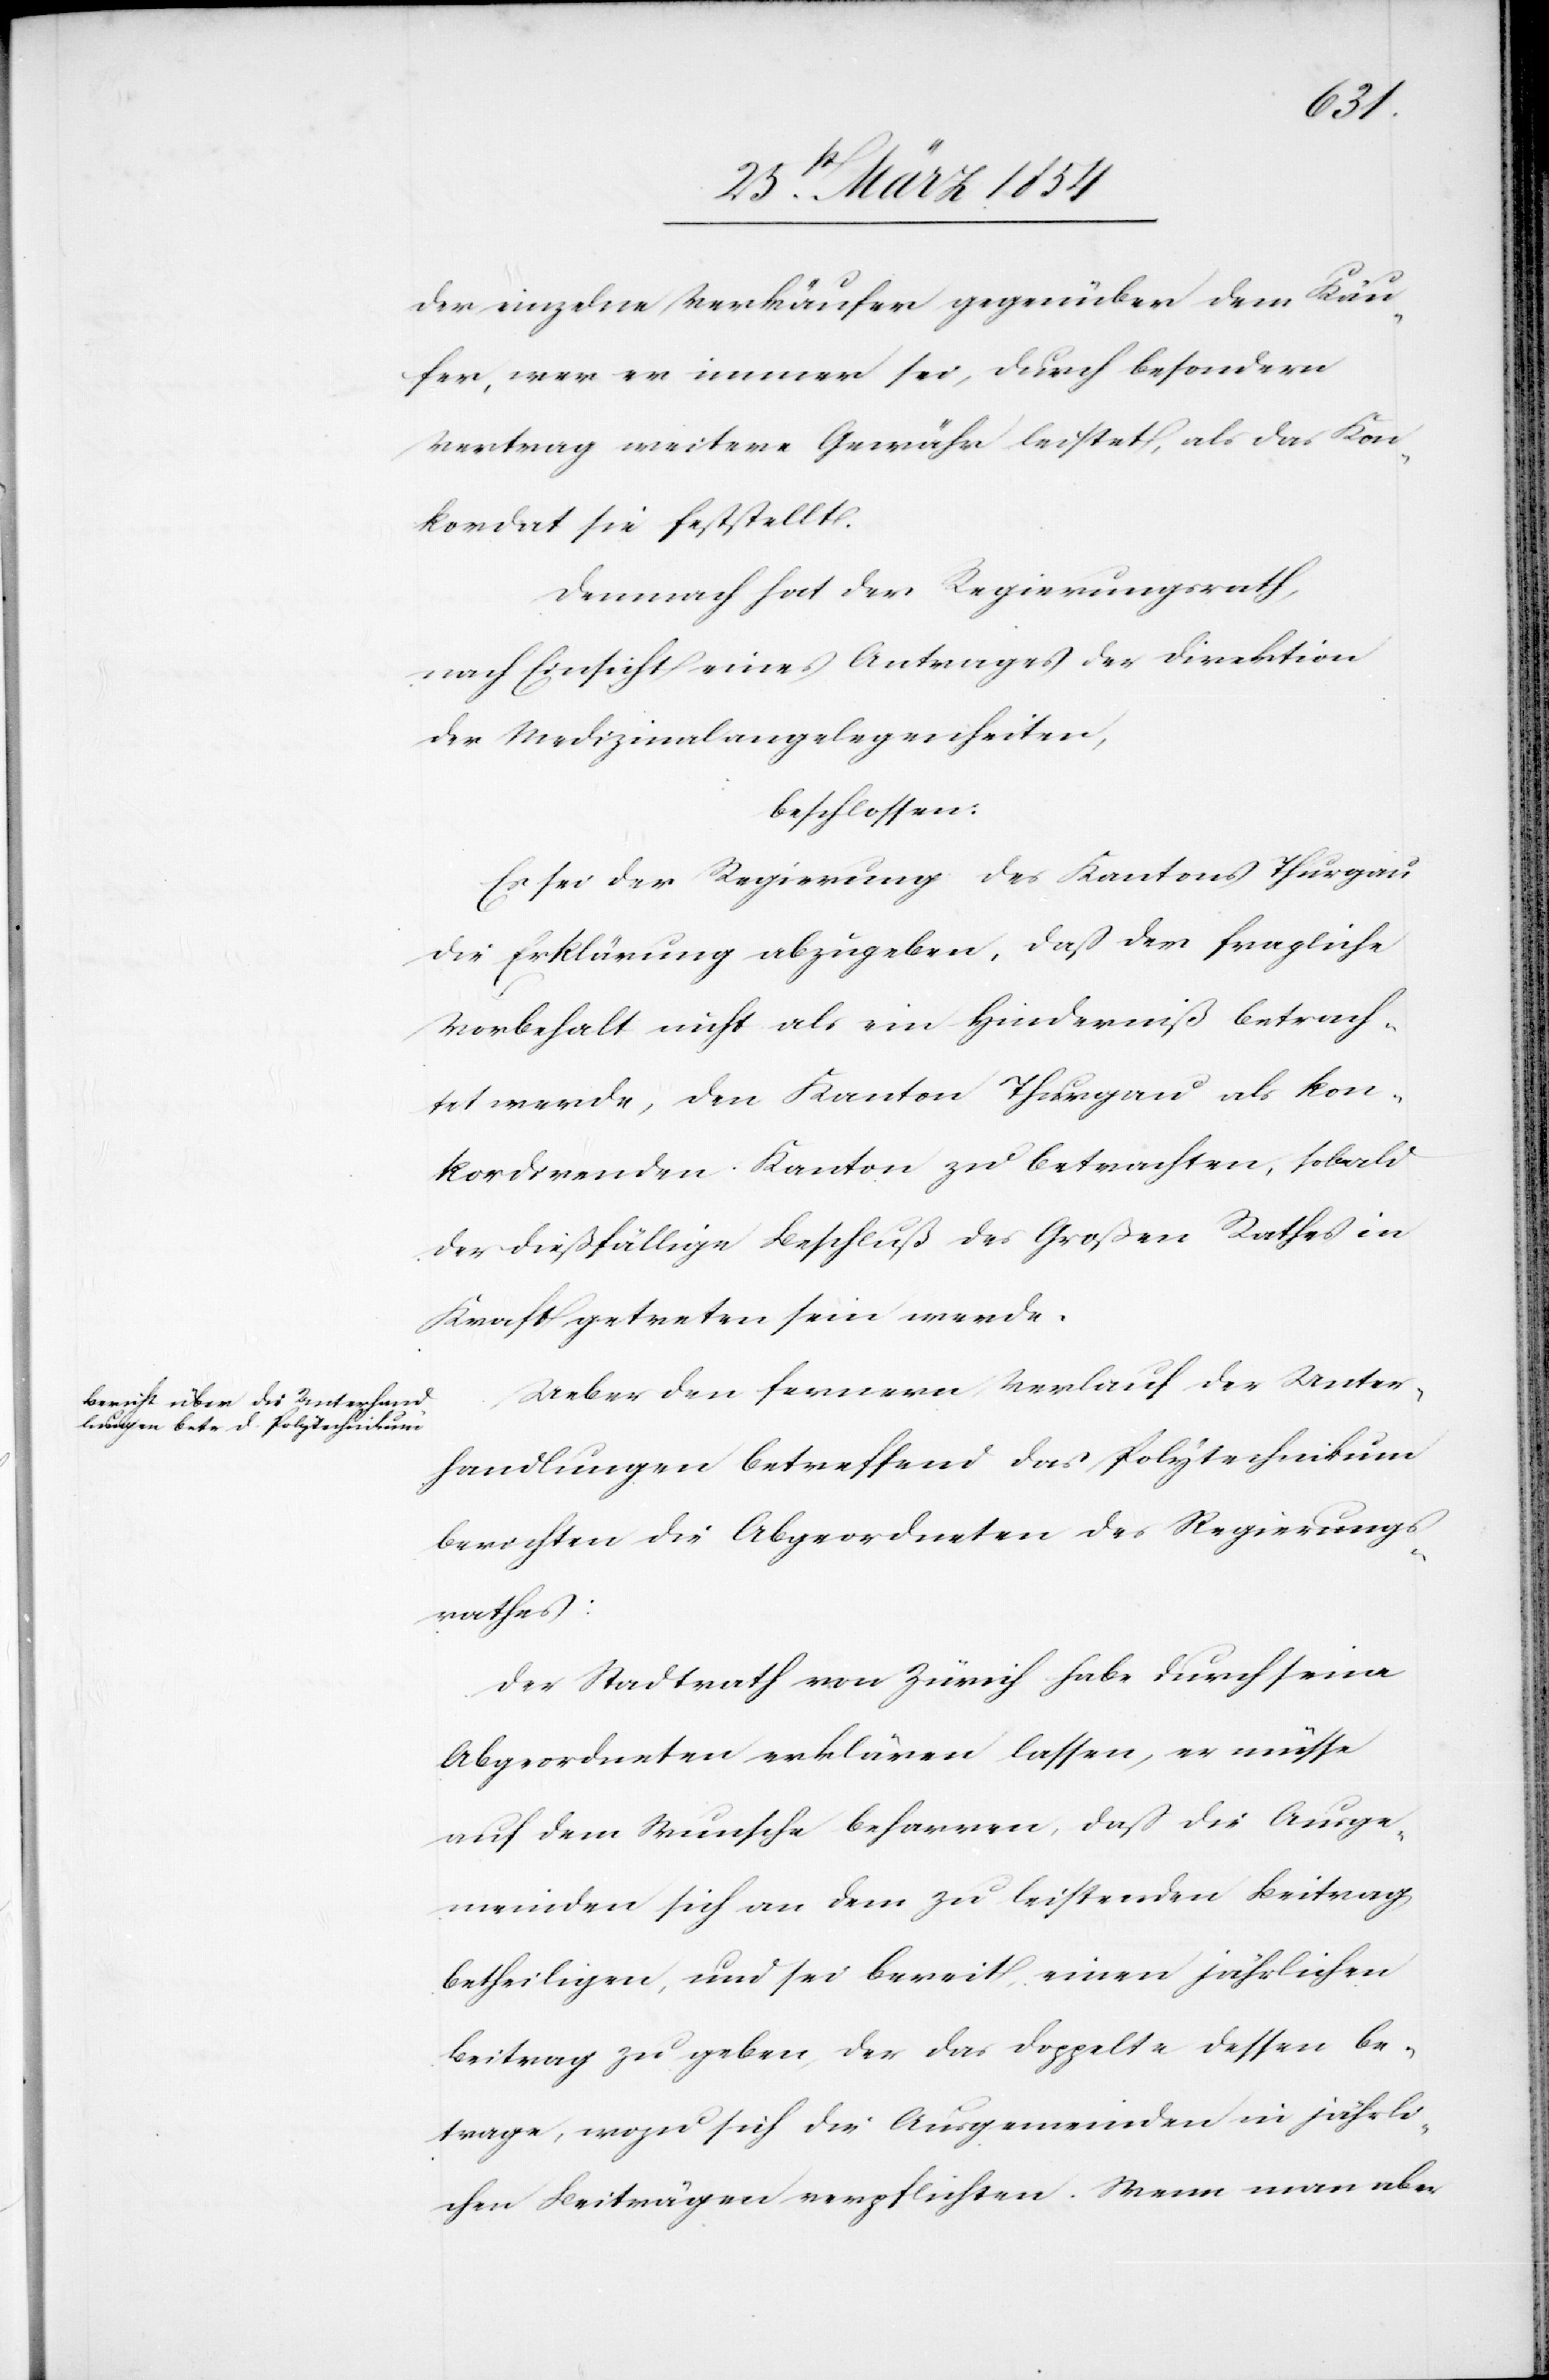
der einzelne Verkäufer gegenüber dem Käu¬
fer, wer er immer sei, durch besondern
Vertrag weitere Gewähr leistet, als das Kon¬
kordat sie feststellt.
Demnach hat der Regierungsrath,
nach Einsicht eines Antrages der Direktion
der Medizinalangelegenheiten,
beschlossen:
Es sei der Regierung des Kantons Thurgau
die Erklärung abzugeben, daß der fragliche
Vorbehalt nicht als ein Hinderniß betrach¬
tet werde, den Kanton Thurgau als kon¬
kordirenden Kanton zu betrachten, sobald
der dießfällige Beschluß des Großen Rathes in
Kraft getreten sein werde.
Ueber den fernern Verlauf der Unter¬
handlungen betreffend das Polytechnikum
berichten die Abgeordneten des Regierungs¬
rathes:
Der Stadtrath von Zürich habe durch seine
Abgeordneten erklären lassen, er müsse
auf dem Wunsche beharren, daß die Ausge¬
meinden sich an dem zu leistenden Beitrag
betheiligen, und sei bereit, einen jährlichen
Beitrag zu geben, der das Doppelte dessen be¬
trage, wozu sich die Ausgemeinden in jährli¬
chen Beiträgen verpflichten. Wenn man aber